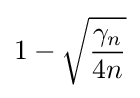
1-{\sqrt {\frac {\gamma _{n}}{4n}}}